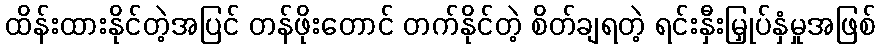
ထိန်းထားနိုင်တဲ့အပြင် တန်ဖိုးတောင် တက်နိုင်တဲ့ စိတ်ချရတဲ့ ရင်းနှီးမြှုပ်နှံမှုအဖြစ်